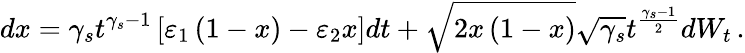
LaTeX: dx=\gamma_{s}t^{\gamma_{s}-1}\left[\varepsilon_{1}\left(1-x\right)-\varepsilon_{2}x\right]dt+\sqrt{2x\left(1-x\right)}\sqrt{\gamma_{s}}t^{\frac{\gamma_{s}-1}{2}}dW_{t}\, .